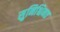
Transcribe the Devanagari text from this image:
सुनिश्चिनत